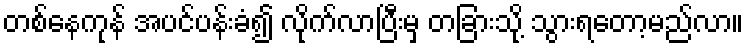
တစ်နေကုန် အပင်ပန်းခံ၍ လိုက်လာပြီးမှ တခြားသို့ သွားရတော့မည်လာ။